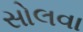
સોલવા